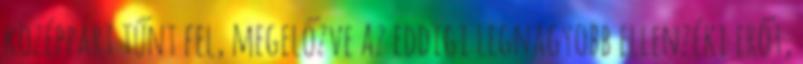
középpárt tűnt fel, megelőzve az eddigi legnagyobb ellenzéki erőt,